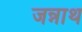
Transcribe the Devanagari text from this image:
जन्नाथ